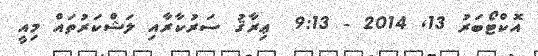
އޮކްޓޯބަރު 13